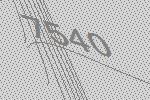
7540